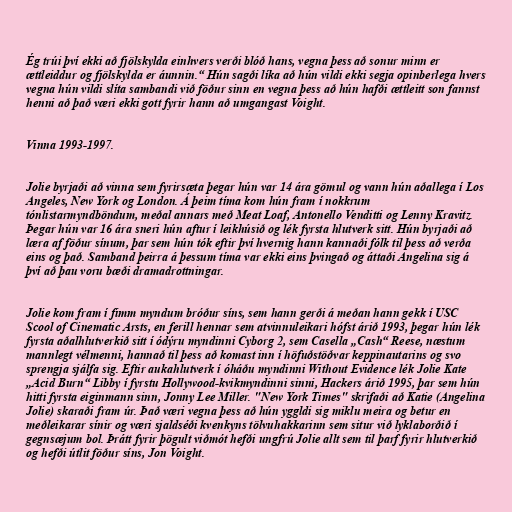
Ég trúi því ekki að fjölskylda einhvers verði blóð hans, vegna þess að sonur minn er
ættleiddur og fjölskylda er áunnin.“ Hún sagði líka að hún vildi ekki segja opinberlega hvers
vegna hún vildi slíta sambandi við föður sinn en vegna þess að hún hafði ættleitt son fannst
henni að það væri ekki gott fyrir hann að umgangast Voight.

Vinna 1993-1997.

Jolie byrjaði að vinna sem fyrirsæta þegar hún var 14 ára gömul og vann hún aðallega í Los
Angeles, New York og London. Á þeim tíma kom hún fram í nokkrum
tónlistarmyndböndum, meðal annars með Meat Loaf, Antonello Venditti og Lenny Kravitz.
Þegar hún var 16 ára sneri hún aftur í leikhúsið og lék fyrsta hlutverk sitt. Hún byrjaði að
læra af föður sínum, þar sem hún tók eftir því hvernig hann kannaði fólk til þess að verða
eins og það. Samband þeirra á þessum tíma var ekki eins þvingað og áttaði Angelina sig á
því að þau voru bæði dramadrottningar.

Jolie kom fram í fimm myndum bróður síns, sem hann gerði á meðan hann gekk í USC
Scool of Cinematic Arsts, en ferill hennar sem atvinnuleikari hófst árið 1993, þegar hún lék
fyrsta aðalhlutverkið sitt í ódýru myndinni Cyborg 2, sem Casella „Cash“ Reese, næstum
mannlegt vélmenni, hannað til þess að komast inn í höfuðstöðvar keppinautarins og svo
sprengja sjálfa sig. Eftir aukahlutverk í óháðu myndinni Without Evidence lék Jolie Kate
„Acid Burn“ Libby í fyrstu Hollywood-kvikmyndinni sinni, Hackers árið 1995, þar sem hún
hitti fyrsta eiginmann sinn, Jonny Lee Miller. "New York Times" skrifaði að Katie (Angelina
Jolie) skaraði fram úr. Það væri vegna þess að hún yggldi sig miklu meira og betur en
meðleikarar sínir og væri sjaldséði kvenkyns tölvuhakkarinn sem situr við lyklaborðið í
gegnsæjum bol. Þrátt fyrir þögult viðmót hefði ungfrú Jolie allt sem til þarf fyrir hlutverkið
og hefði útlit föður síns, Jon Voight.